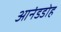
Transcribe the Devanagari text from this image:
आनंडडोह